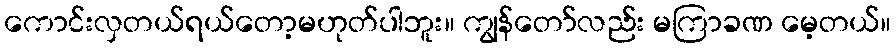
ကောင်းလှတယ်ရယ်တော့မဟုတ်ပါဘူး။ ကျွန်တော်လည်း မကြာခဏ မေ့တယ်။